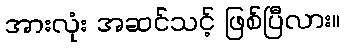
အားလုံး အဆင်သင့် ဖြစ်ပြီလား။